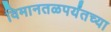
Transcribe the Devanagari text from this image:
विमानतळपर्यंतच्या